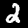
Digit: 2